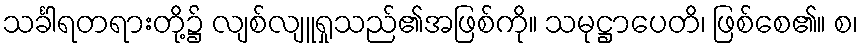
သင်္ခါရတရားတို့၌ လျစ်လျူရှုသည်၏အဖြစ်ကို။ သမုဋ္ဌာပေတိ၊ ဖြစ်စေ၏။ စ၊